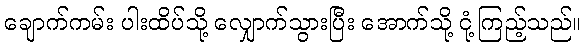
ချောက်ကမ်း ပါးထိပ်သို့ လျှောက်သွားပြီး အောက်သို့ ငုံ့ကြည့်သည်။